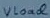
Text: Vload